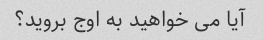
آیا می خواهید به اوج بروید؟